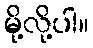
မို့လို့ပါ။